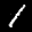
Label: 1